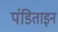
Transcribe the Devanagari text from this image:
पंडिताइन